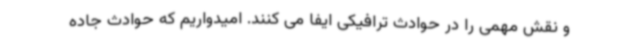
و نقش مهمی را در حوادث ترافیکی ایفا می کنند. امیدواریم که حوادث جاده